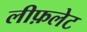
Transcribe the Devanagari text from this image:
लीफ़लेट